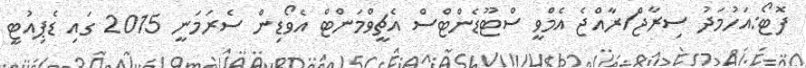
ފޮޓޯ:އަހުމަދު ސިރާޖް/ރާއްޖެ އެމްވީ ސްޓޫޑެންޓްސް އެޗީވްމަންޓް އެވޯޑިން ސެރަމަނީ 2015 ގައި ޑެޕިއުޓީ